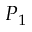
P _ { 1 }